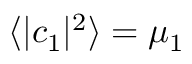
\langle \vert c _ { 1 } \vert ^ { 2 } \rangle = \mu _ { 1 }